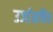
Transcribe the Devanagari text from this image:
उर्जासचिव